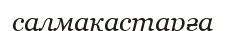
салмақастарға